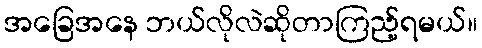
အခြေအနေ ဘယ်လိုလဲဆိုတာကြည့်ရမယ်။